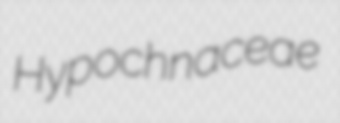
Hypochnaceae